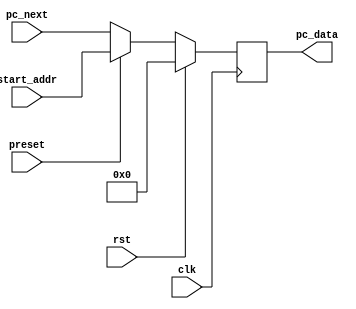
module prog_counter( input clk,
                     input rst,
                     input preset,
                     input [31:0] start_addr,
                     input [31:0] pc_next,
                     output [31:0] pc_data
                     );
  reg [31:0] reg_pc=32'h0;
  always @( posedge clk)
  begin
  if (rst) reg_pc<=31'b0;
  else if (preset) reg_pc <=start_addr;
  else reg_pc<=pc_next;
  end
  assign pc_data= reg_pc;
  
  
  endmodule